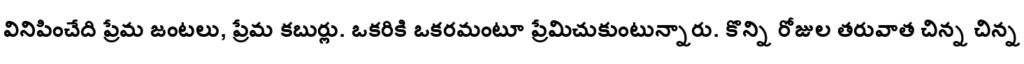
వినిపించేది ప్రేమ జంటలు, ప్రేమ కబుర్లు. ఒకరికి ఒకరమంటూ ప్రేమిచుకుంటున్నారు. కొన్ని రోజుల తరువాత చిన్న చిన్న